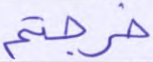
خرجتم